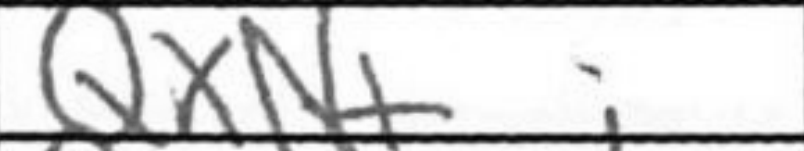
Transcription: QxN+